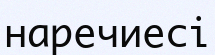
наречиесі